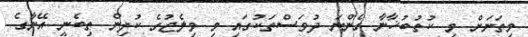
މިތަނަށް މި ކުތުބުޚާނާ ގެންނަ ދުވަސްތަކުގައި މި ވިލެޖުގެ ކުދިން ތިބެނީ އޭނާގެ